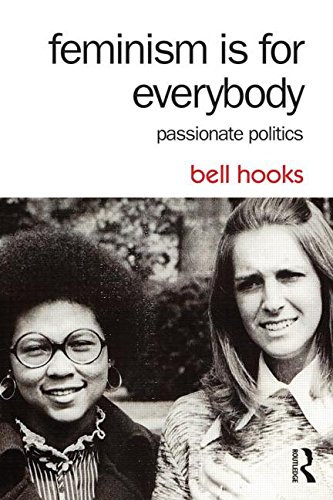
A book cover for Feminism Is for Everybody: Passionate Politics; bell hooks; Politics & Social Sciences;